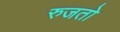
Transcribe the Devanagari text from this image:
रुजतो